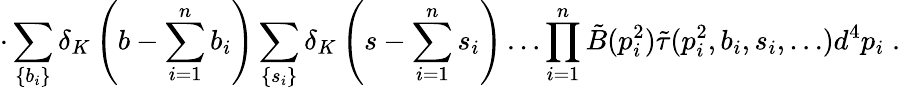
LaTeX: \cdot\sum_{\{ b_{i}\} }\delta_{K}\left(b-\sum_{i=1}^{n}b_{i}\right)\sum_{\{ s_{i}\} }\delta_{K}\left(s-\sum_{i=1}^{n}s_{i}\right)\ldots\prod_{i=1}^{n}\tilde{B}(p_{i}^{2})\tilde{\tau}(p_{i}^{2},b_{i},s_{i},\ldots)d^{4}p_{i}\; .